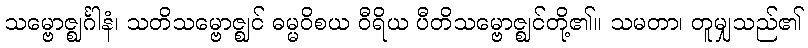
သမ္ဗောဇ္ဈင်္ဂါနံ၊ သတိသမ္ဗောဇ္ဈင် ဓမ္မဝိစယ ဝီရိယ ပီတိသမ္ဗောဇ္ဈင်တို့၏။ သမတာ၊ တူမျှသည်၏